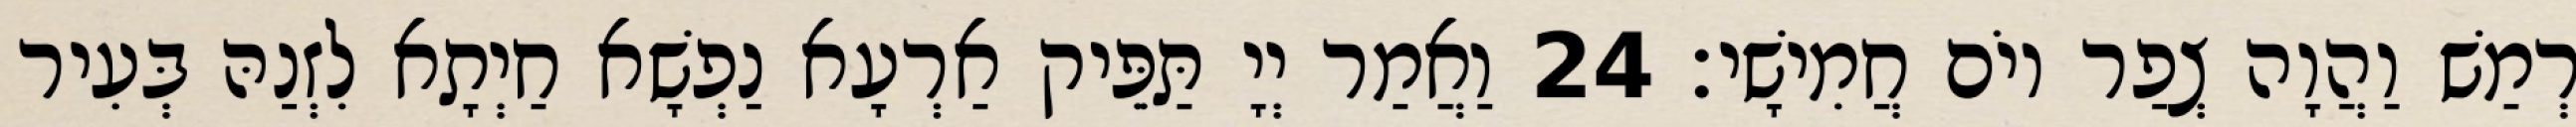
רְמַשׁ וַהֲוָה צְפַר יוֹם חֲמִישָׁי׃ 24 וַאֲמַר יְיָ תַּפֵּיק אַרְעָא נַפְשָׁא חַיְתָא לִזְנַהּ בְּעִיר